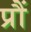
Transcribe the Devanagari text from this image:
प्रौं